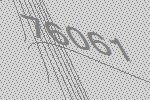
76061